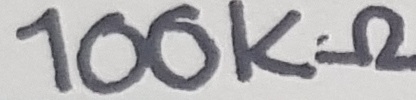
Text: 100Ω